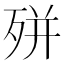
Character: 𭮎